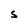
Character: S